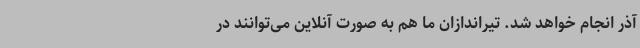
آذر انجام خواهد شد. تیراندازان ما هم به صورت آنلاین می‌توانند در